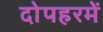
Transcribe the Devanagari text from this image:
दोपहरमें